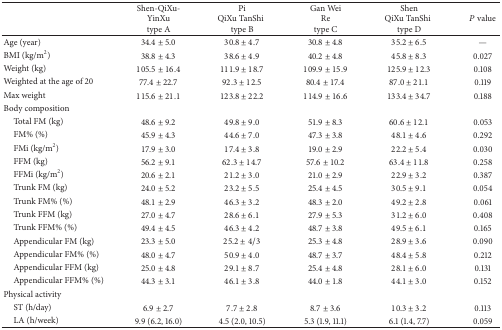
<table><thead><tr><td><b> </b></td><td><b>Shen-QiXu-YinXu type A</b></td><td><b>Pi QiXu TanShitype B</b></td><td><b>Gan Wei Re type C</b></td><td><b>Shen QiXu TanShitype D</b></td><td><b><i>P</i> value</b></td></tr></thead><tbody><tr><td>Age (year)</td><td>34.4 ± 5.0</td><td>30.8 ± 4.7</td><td>30.8 ± 4.8</td><td>35.2 ± 6.5</td><td>—</td></tr><tr><td>BMI (kg/m<sup>2</sup>)</td><td>38.8 ± 4.3</td><td>38.6 ± 4.9</td><td>40.2 ± 4.8</td><td>45.8 ± 8.3</td><td>0.027</td></tr><tr><td>Weight (kg)</td><td>105.5 ± 16.4</td><td>111.9 ± 18.7</td><td>109.9 ± 15.9</td><td>125.9 ± 12.3</td><td>0.108</td></tr><tr><td>Weighted at the age of 20</td><td>77.4 ± 22.7</td><td>92.3 ± 12.5</td><td>80.4 ± 17.4</td><td>87.0 ± 21.1</td><td>0.119</td></tr><tr><td>Max weight</td><td>115.6 ± 21.1</td><td>123.8 ± 22.2</td><td>114.9 ± 16.6</td><td>133.4 ± 34.7</td><td>0.188</td></tr><tr><td>Body composition</td><td> </td><td> </td><td> </td><td> </td><td> </td></tr><tr><td> Total FM (kg)</td><td>48.6 ± 9.2</td><td>49.8 ± 9.0</td><td>51.9 ± 8.3</td><td>60.6 ± 12.1</td><td>0.053</td></tr><tr><td> FM% (%)</td><td>45.9 ± 4.3</td><td>44.6 ± 7.0</td><td>47.3 ± 3.8</td><td>48.1 ± 4.6</td><td>0.292</td></tr><tr><td> FMi (kg/m<sup>2</sup>)</td><td>17.9 ± 3.0</td><td>17.4 ± 3.8</td><td>19.0 ± 2.9</td><td>22.2 ± 5.4</td><td>0.030</td></tr><tr><td> FFM (kg)</td><td>56.2 ± 9.1</td><td>62.3 ± 14.7</td><td>57.6 ± 10.2</td><td>63.4 ± 11.8</td><td>0.258</td></tr><tr><td> FFMi (kg/m<sup>2</sup>)</td><td>20.6 ± 2.1</td><td>21.2 ± 3.0</td><td>21.0 ± 2.9</td><td>22.9 ± 3.2</td><td>0.387</td></tr><tr><td> Trunk FM (kg)</td><td>24.0 ± 5.2</td><td>23.2 ± 5.5</td><td>25.4 ± 4.5</td><td>30.5 ± 9.1</td><td>0.054</td></tr><tr><td> Trunk FM% (%)</td><td>48.1 ± 2.9</td><td>46.3 ± 3.2</td><td>48.3 ± 2.0</td><td>49.2 ± 2.8</td><td>0.061</td></tr><tr><td> Trunk FFM (kg)</td><td>27.0 ± 4.7</td><td>28.6 ± 6.1</td><td>27.9 ± 5.3</td><td>31.2 ± 6.0</td><td>0.408</td></tr><tr><td> Trunk FFM% (%)</td><td>49.4 ± 4.5</td><td>46.3 ± 4.2</td><td>48.7 ± 3.8</td><td>49.5 ± 6.1</td><td>0.165</td></tr><tr><td> Appendicular FM (kg)</td><td>23.3 ± 5.0</td><td>25.2 ± 4/3</td><td>25.3 ± 4.8</td><td>28.9 ± 3.6</td><td>0.090</td></tr><tr><td> Appendicular FM% (%)</td><td>48.0 ± 4.7</td><td>50.9 ± 4.0</td><td>48.7 ± 3.7</td><td>48.4 ± 5.8</td><td>0.212</td></tr><tr><td> Appendicular FFM (kg)</td><td>25.0 ± 4.8</td><td>29.1 ± 8.7</td><td>25.4 ± 4.8</td><td>28.1 ± 6.0</td><td>0.131</td></tr><tr><td> Appendicular FFM% (%)</td><td>44.3 ± 3.1</td><td>46.1 ± 3.8</td><td>44.0 ± 1.8</td><td>44.1 ± 3.0</td><td>0.152</td></tr><tr><td>Physical activity</td><td> </td><td> </td><td> </td><td> </td><td> </td></tr><tr><td> ST (h/day)</td><td>6.9 ± 2.7</td><td>7.7 ± 2.8</td><td>8.7 ± 3.6</td><td>10.3 ± 3.2</td><td>0.113</td></tr><tr><td> LA (h/week)</td><td>9.9 (6.2, 16.0)</td><td>4.5 (2.0, 10.5)</td><td>5.3 (1.9, 11.1)</td><td>6.1 (1.4, 7.7)</td><td>0.059</td></tr></tbody></table>